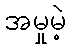
အမှုမဲ့